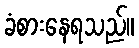
ခံစားနေရသည်။